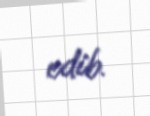
edib.